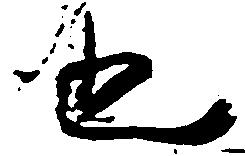
也